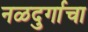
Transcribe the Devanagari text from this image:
नळदुर्गाचा